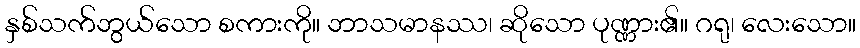
နှစ်သက်ဘွယ်သော စကားကို။ ဘာသမာနဿ၊ ဆိုသော ပုဏ္ဏား၏။ ဂရု၊ လေးသော။